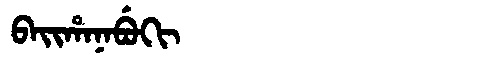
Manchu: ᠪᠠᡳᡥᠠᠨᠠᠪᡠᡴᡳ
Romanization: BAIHANABUKI